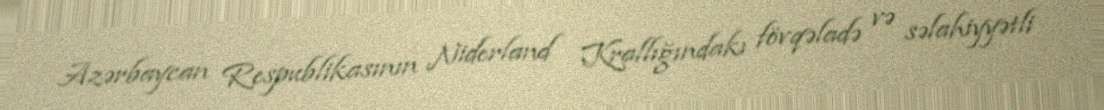
Azərbaycan Respublikasının Niderland Krallığındakı fövqəladə və səlahiyyətli